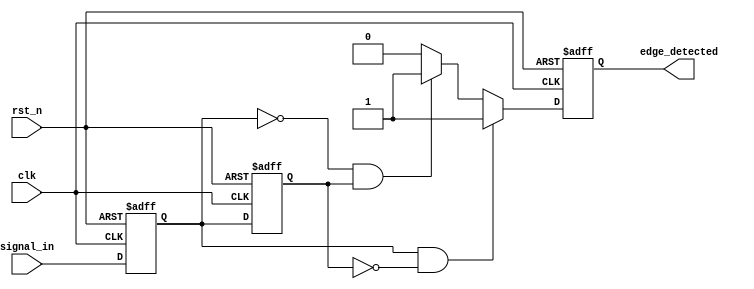
module glitch_free_edge_detector (
    input wire clk,             // Clock signal
    input wire rst_n,           // Asynchronous active-low reset
    input wire signal_in,       // Input signal
    output reg edge_detected    // Output signal indicating edge detection
);

    // Memory blocks (registers)
    reg signal_prev_1;          // Store current state of signal_in
    reg signal_prev_2;          // Store previous state of signal_prev_1
    
    // Edge detection logic
    always @(posedge clk or negedge rst_n) begin
        if (!rst_n) begin
            // Initialize memory blocks on reset
            signal_prev_1 <= 1'b0;
            signal_prev_2 <= 1'b0;
            edge_detected <= 1'b0;
        end else begin
            // Shift the previous state
            signal_prev_2 <= signal_prev_1; // Copy current state to previous memory block
            signal_prev_1 <= signal_in;      // Capture current input signal
            
            // Edge detection logic
            if (signal_prev_1 == 1'b1 && signal_prev_2 == 1'b0) begin
                // Rising edge detected
                edge_detected <= 1'b1; // Assert edge detected for one clock cycle
            end else if (signal_prev_1 == 1'b0 && signal_prev_2 == 1'b1) begin
                // Falling edge detected
                edge_detected <= 1'b1; // Assert edge detected for one clock cycle
            end else begin
                edge_detected <= 1'b0; // No edge detected
            end
        end
    end
    
endmodule